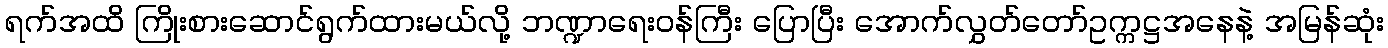
ရက်အထိ ကြိုးစားဆောင်ရွက်ထားမယ်လို့ ဘဏ္ဍာရေးဝန်ကြီး ပြောပြီး အောက်လွှတ်တော်ဥက္ကဋ္ဌအနေနဲ့ အမြန်ဆုံး